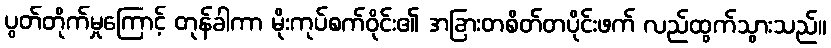
ပွတ်တိုက်မှုကြောင့် တုန်ခါကာ မိုးကုပ်စက်ဝိုင်း၏ အခြားတစိတ်တပိုင်းဖက် လည်ထွက်သွားသည်။